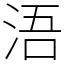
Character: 浯